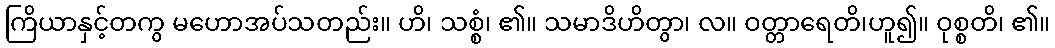
ကြိယာနှင့်တကွ မဟောအပ်သတည်း။ ဟိ၊ သစ္စံ၊ ၏။ သမာဒိဟိတွာ၊ လ။ ဝတ္တာရေတိ၊ဟူ၍။ ဝုစ္စတိ၊ ၏။